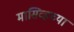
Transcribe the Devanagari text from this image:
मासिव्हच्या